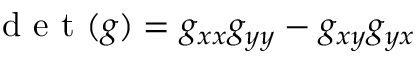
\textrm { d e t } ( g ) = g _ { x x } g _ { y y } - g _ { x y } g _ { y x }